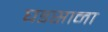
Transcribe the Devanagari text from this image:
घडसाना